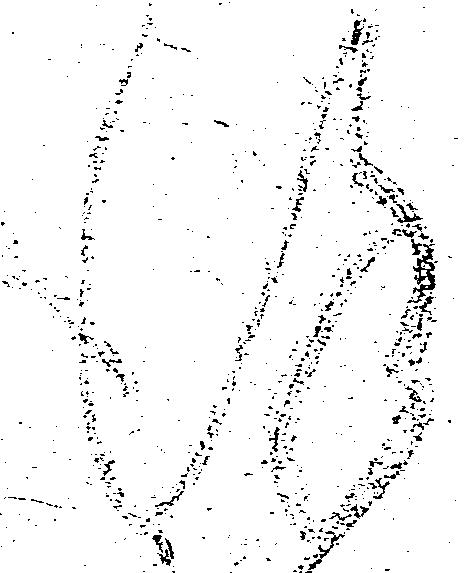
謹